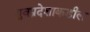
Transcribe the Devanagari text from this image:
ध्रुवप्रदेशाकडील